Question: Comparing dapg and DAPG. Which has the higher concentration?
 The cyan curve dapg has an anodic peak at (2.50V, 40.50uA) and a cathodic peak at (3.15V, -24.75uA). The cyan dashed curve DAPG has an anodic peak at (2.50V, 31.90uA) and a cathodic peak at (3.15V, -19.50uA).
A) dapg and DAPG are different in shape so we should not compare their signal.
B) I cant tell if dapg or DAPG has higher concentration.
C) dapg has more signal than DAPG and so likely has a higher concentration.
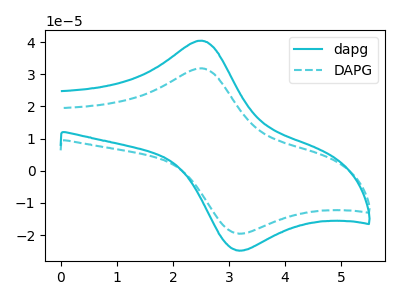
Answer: <think>All the peaks in "dapg" have a peak in "DAPG" at the same potential. Every peak in "dapg" is higher than every peak in "DAPG".
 </think>
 <answer>C) "dapg" has more signal than "DAPG" and so likely has a higher concentration.</answer>
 <eval>C</eval>